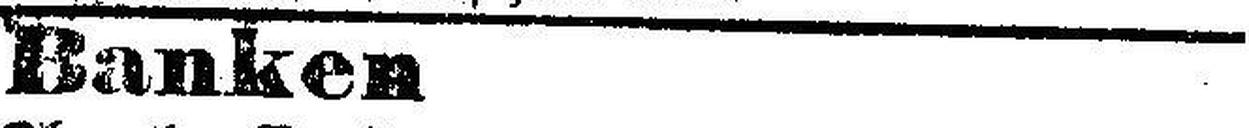
Banken